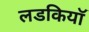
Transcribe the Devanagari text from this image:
लडकियॉ